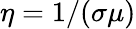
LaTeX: \eta=1/(\sigma\mu)